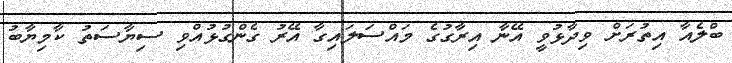
ބްލެއާ އިތުރަށް ވިދާޅުވީ އޭނާ އިރާގުގެ މައްސަލައިގާ އޭރު ގެންގުޅުއްވި ސިޔާސަތު ކާމިޔާބު